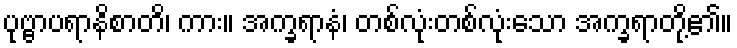
ပုဗ္ဗာပရာနိစာတိ၊ ကား။ အက္ခရာနံ၊ တစ်လုံးတစ်လုံးသော အက္ခရာတို့၏။